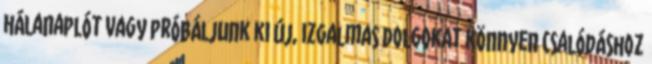
hálanaplót vagy próbáljunk ki új, izgalmas dolgokat könnyen csalódáshoz